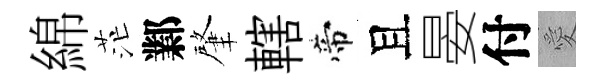
綿茫鄴肇轄帝且晏付愛